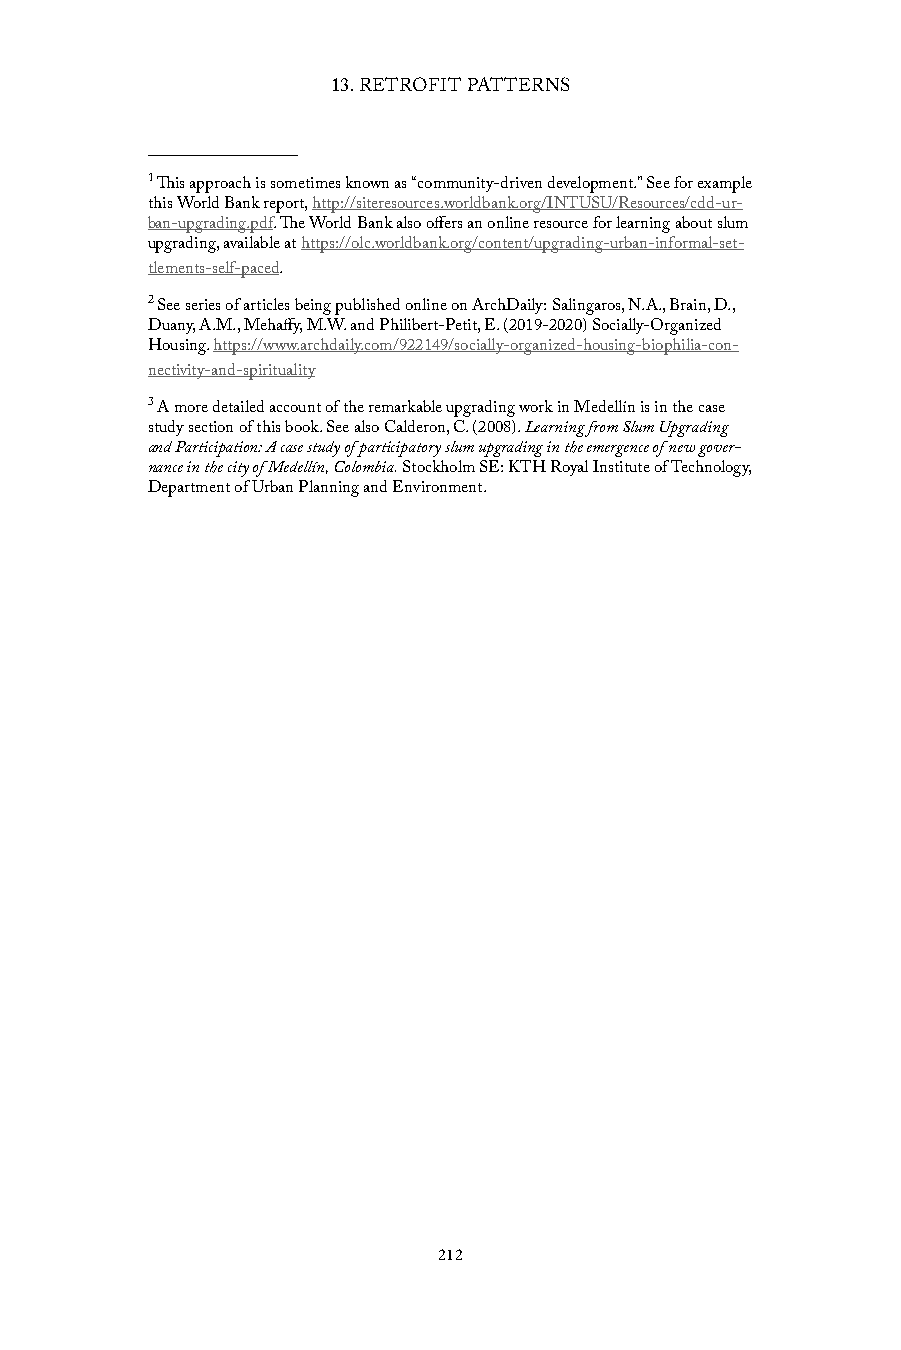
13. RETROFIT PATTERNS
 1 This approach is sometimes known as “community-driven development.” See for example
 this World Bank report, http://siteresources.worldbank.org/INTUSU/Resources/cdd-ur-
 ban-upgrading.pdf. The World Bank also offers an online resource for learning about slum
 upgrading, available at https://olc.worldbank.org/content/upgrading-urban-informal-set-
 tlements-self-paced.
 2 See series of articles being published online on ArchDaily: Salingaros, N.A., Brain, D.,
 Duany, A.M., Mehaffy, M.W. and Philibert-Petit, E. (2019-2020) Socially-Organized
 Housing. https://www.archdaily.com/922149/socially-organized-housing-biophilia-con-
 nectivity-and-spirituality
 3 A more detailed account of the remarkable upgrading work in Medellín is in the case
 study section of this book. See also Calderon, C. (2008). Learning from Slum Upgrading
 and Participation: A case study of participatory slum upgrading in the emergence of new gover-
 nance in the city of Medellín, Colombia. Stockholm SE: KTH Royal Institute of Technology,
 Department of Urban Planning and Environment.
 212